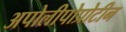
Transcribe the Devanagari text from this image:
अपोलीपोप्रोटीन